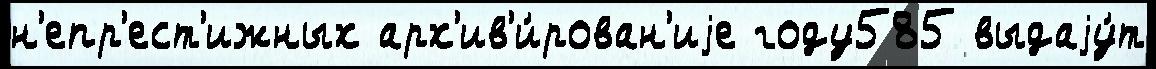
н'епр'ест'ижных арх'ив'и́рован'иjе году585 выдаjу́т